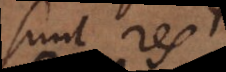
sunt res.